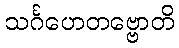
သင်္ဂဟေတဗ္ဗောတိ